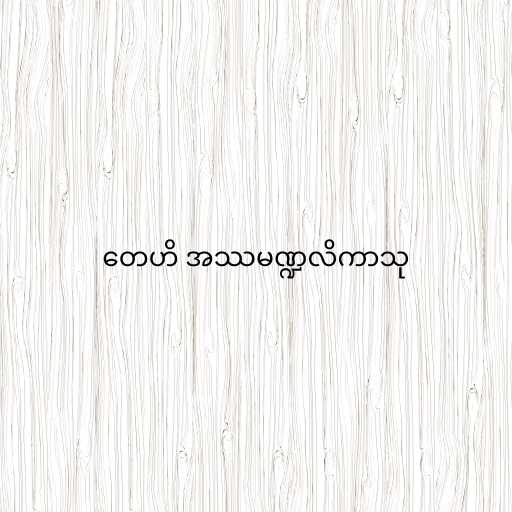
တေဟိ အဿမဏ္ဍလိကာသု